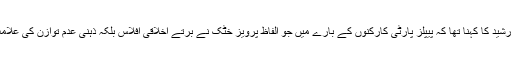
ہارون رشید کا کہنا تھا کہ پیپلز پارٹی کارکنوں کے بارے میں جو الفاظ پرویز خٹک نے برتے اخلاقی افلاس بلکہ ذہنی عدم توازن کی علامت ہیں۔